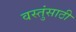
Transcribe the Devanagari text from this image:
वस्तुंसाठी